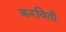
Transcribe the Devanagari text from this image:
करवितो